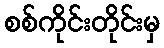
စစ်ကိုင်းတိုင်းမှ